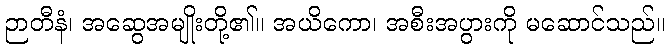
ဉာတီနံ၊ အဆွေအမျိုးတို့၏။ အယိကော၊ အစီးအပွားကို မဆောင်သည်။